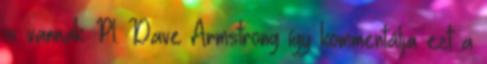
is vannak. Pl. Dave Armstrong így kommentálja ezt a